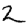
Digit: 2